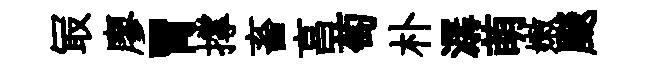
冣廖胃撑畜亯萄朴潺萌嫩颷